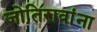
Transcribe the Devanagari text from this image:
जोतिरावांना